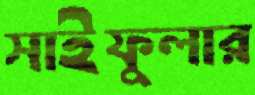
সাইফুলার